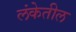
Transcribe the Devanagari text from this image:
लंकेतील